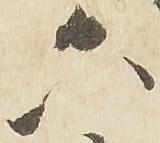
六